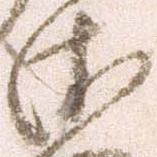
衛